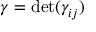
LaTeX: \gamma = \operatorname* { d e t } ( \gamma _ { i j } )